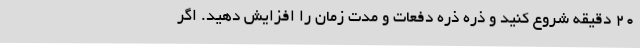
۲۰ دقیقه شروع کنید و ذره ذره دفعات و مدت زمان را افزایش دهید. اگر